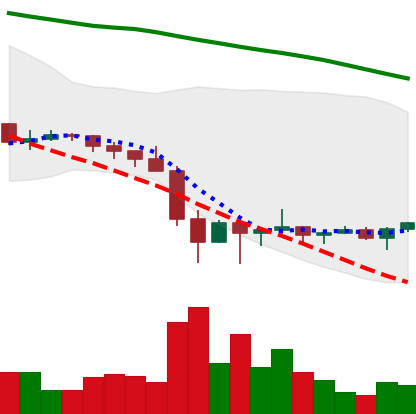
Ticker: XRP-USD
Chart end date: 2022-02-01
Forward return: 8.648%
Label: up_7plus